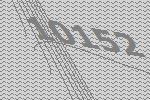
10152